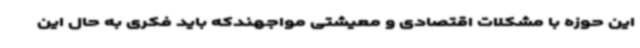
این حوزه با مشکلات اقتصادی و معیشتی مواجهندکه باید فکری به حال این